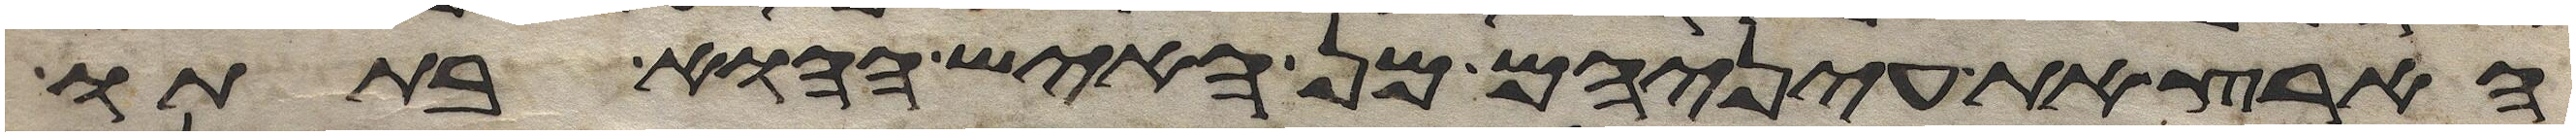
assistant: הארץ את עיניהם מן האיש ההוא בתתו